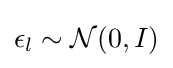
\epsilon _{l}\sim {\mathcal {N}}(0,I)